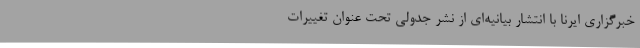
خبرگزاری ایرنا با انتشار بیانیه‌ای از نشر جدولی تحت عنوان تغییرات